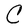
Character: C